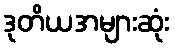
ဒုတိယအများဆုံး